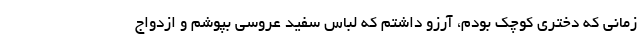
زمانی که دختری کوچک بودم، آرزو داشتم که لباس سفید عروسی بپوشم و ازدواج